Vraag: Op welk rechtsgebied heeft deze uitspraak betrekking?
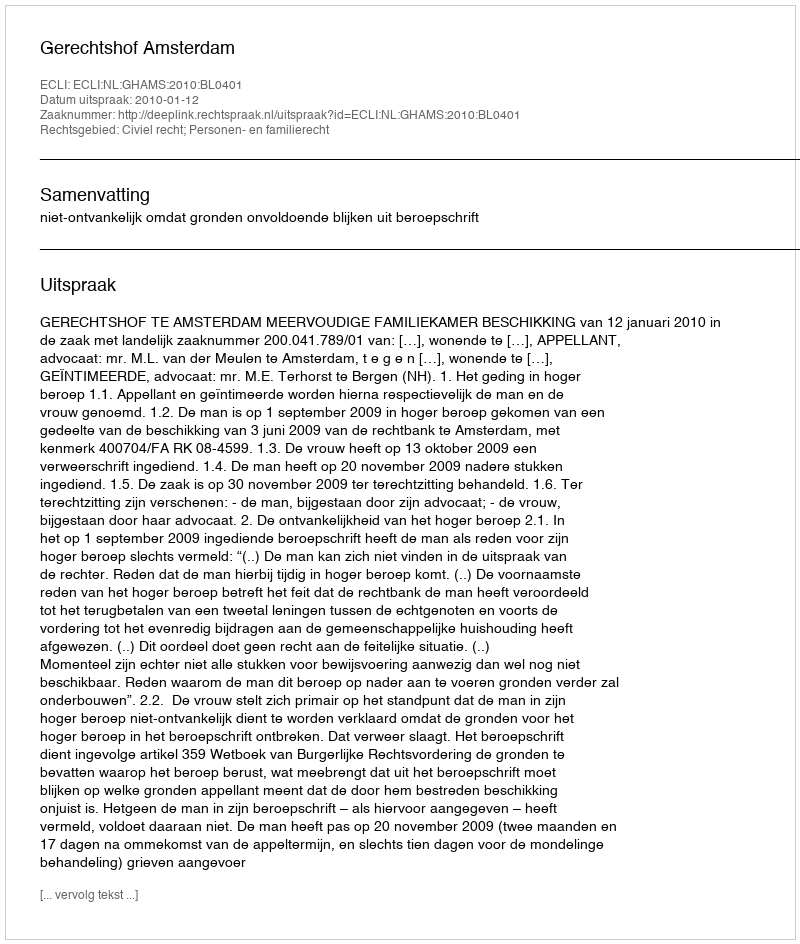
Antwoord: Civiel recht; Personen- en familierecht